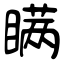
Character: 瞒